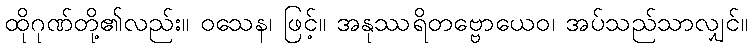
ထိုဂုဏ်တို့၏လည်း။ ဝသေန၊ ဖြင့်။ အနုဿရိတဗ္ဗောယေဝ၊ အပ်သည်သာလျှင်။